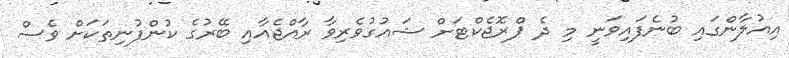
އިއުލާންގައި ބުނެފައިވަނީ މި ދެ ޕްރޮޖެކްޓަށް ޝައުގުވެރިވާ ރާއްޖެއާއި ބޭރުގެ ކުންފުނިތަކަށް ވެސް